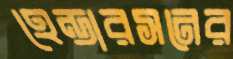
হেন্ডারসনের